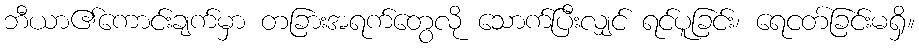
ဘီယာ၏ကောင်းချက်မှာ တခြားအရက်တွေလို သောက်ပြီးလျှင် ရင်ပူခြင်း၊ ရေငတ်ခြင်းမရှိ။